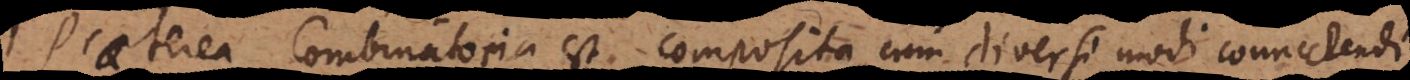
Praeterea Combinatoria est composita, cum diversi modi connectendi